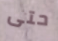
حتى